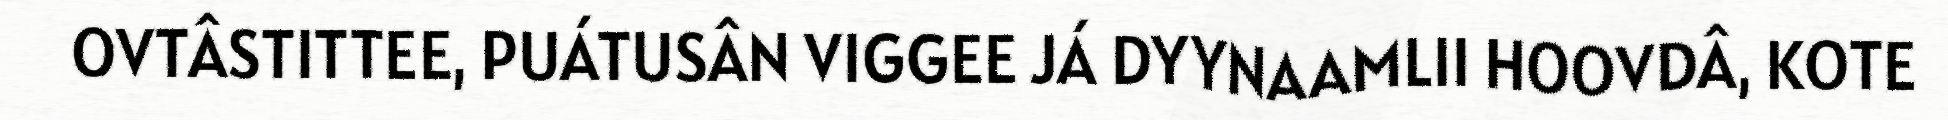
OVTÂSTITTEE, PUÁTUSÂN VIGGEE JÁ DYYNAAMLII HOOVDÂ, KOTE